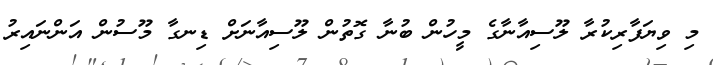
މި ވިޔަފާރިކުރާ ލޫސިއާނާގެ މީހުން ބުނާ ގޮތުން ލޫސިއާނަށް ޑިނގާ މޫސުން އަންނައިރު